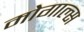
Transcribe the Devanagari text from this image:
मोगाल्स